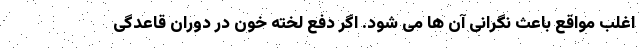
اغلب مواقع باعث نگرانی آن ها می شود. اگر دفع لخته خون در دوران قاعدگی